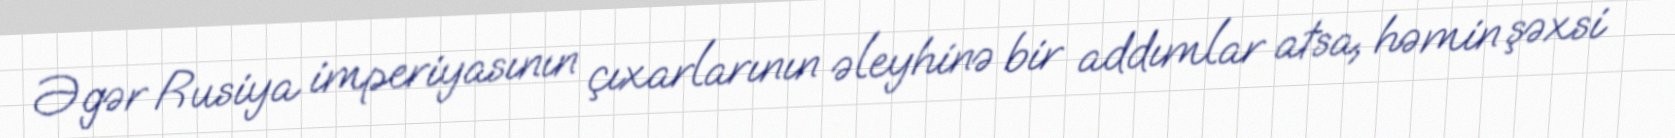
Əgər Rusiya imperiyasının çıxarlarının əleyhinə bir addımlar atsa, həmin şəxsi